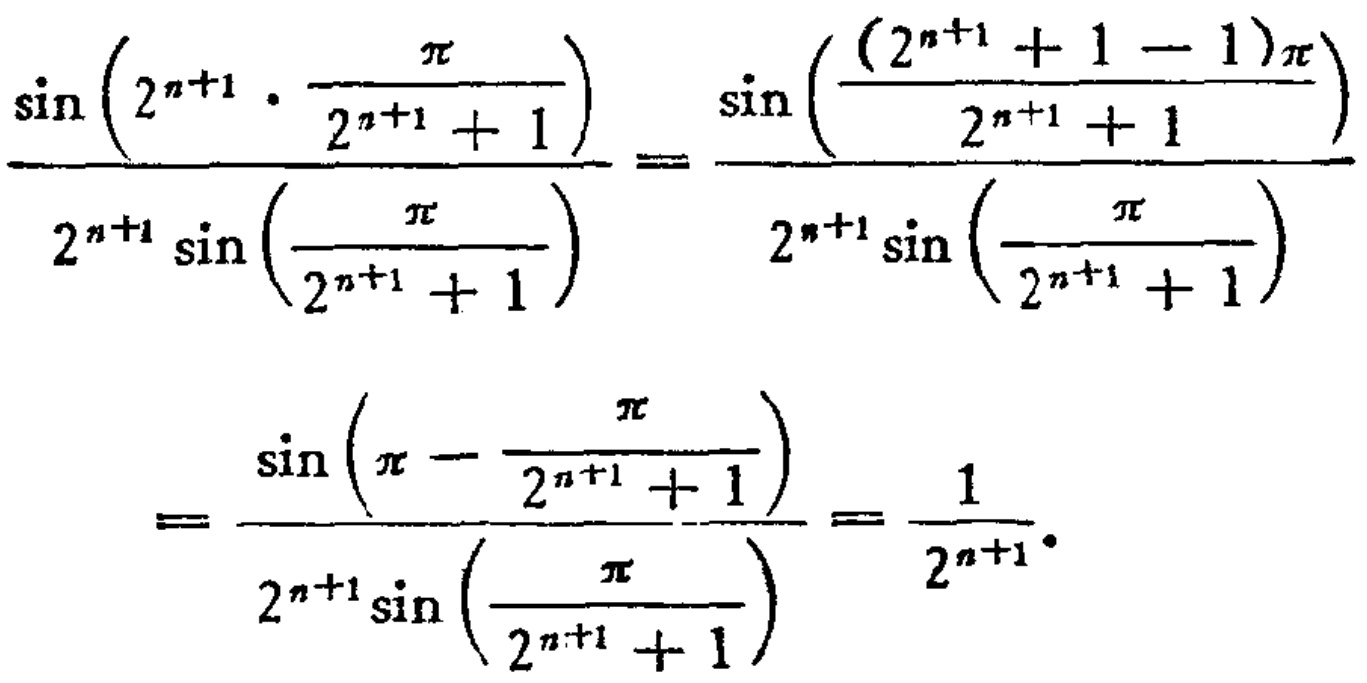
\[\frac{\sin\left(2^{n + 1}\cdot\frac{\pi}{2^{n + 1}+1}\right)}{2^{n + 1}\sin\left(\frac{\pi}{2^{n + 1}+1}\right)}=\frac{\sin\left(\frac{(2^{n + 1}+1 - 1)\pi}{2^{n + 1}+1}\right)}{2^{n + 1}\sin\left(\frac{\pi}{2^{n + 1}+1}\right)}=\frac{\sin\left(\pi-\frac{\pi}{2^{n + 1}+1}\right)}{2^{n + 1}\sin\left(\frac{\pi}{2^{n + 1}+1}\right)}=\frac{1}{2^{n + 1}}.\]